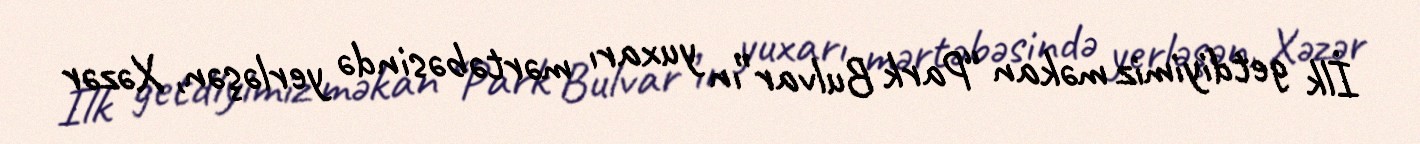
İlk getdiyimiz məkan “Park Bulvar”ın yuxarı mərtəbəsində yerləşən, Xəzər